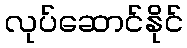
လုပ်ဆောင်နိုင်